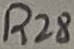
Text: R28